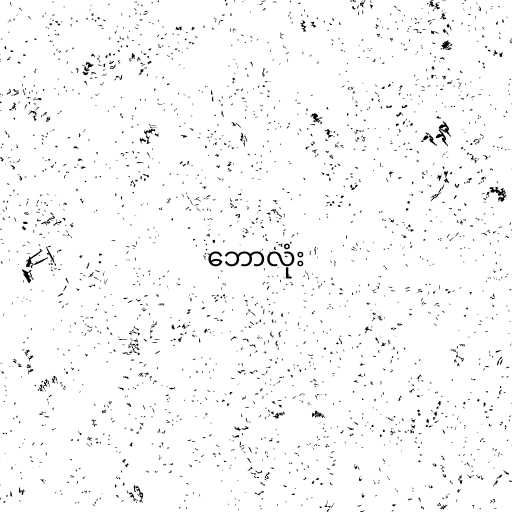
ဘောလုံး